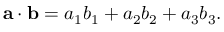
\mathbf { a } \cdot \mathbf { b } = a _ { 1 } b _ { 1 } + a _ { 2 } b _ { 2 } + a _ { 3 } b _ { 3 } .